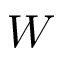
W